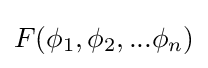
F(\phi _{1},\phi _{2},...\phi _{n})